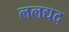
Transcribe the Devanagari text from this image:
ललद्यद